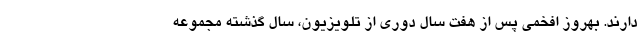
دارند. بهروز افخمی پس از هفت سال دوری از تلویزیون، سال گذشته مجموعه